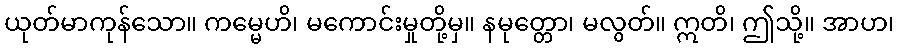
ယုတ်မာကုန်သော။ ကမ္မေဟိ၊ မကောင်းမှုတို့မှ။ နမုတ္တော၊ မလွတ်။ ဣတိ၊ ဤသို့။ အာဟ၊